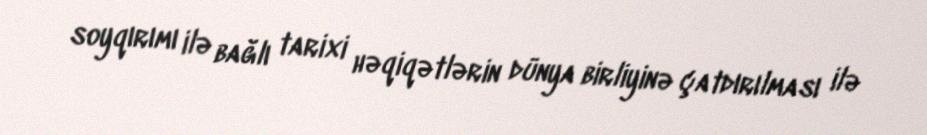
soyqırımı ilə bağlı tarixi həqiqətlərin dünya birliyinə çatdırılması ilə